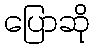
ပြောဆို